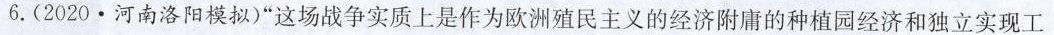
6. (2020 · 河南洛阳模拟)”这场战争实质上是作为欧洲殖民主义的经济附庸的种植园经济和独立实现工